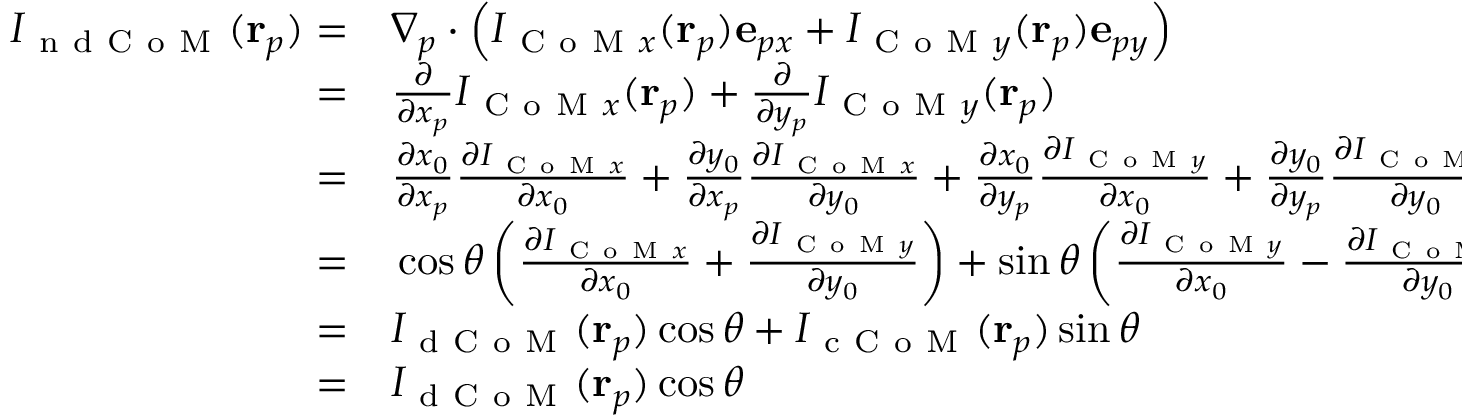
\begin{array} { r l } { I _ { \mathrm { ~ n ~ d ~ C ~ o ~ M ~ } } ( \mathbf { r } _ { p } ) = } & { { } \nabla _ { p } \cdot \left( I _ { \mathrm { ~ C ~ o ~ M ~ } x } ( \mathbf { r } _ { p } ) \mathbf { e } _ { p x } + I _ { \mathrm { ~ C ~ o ~ M ~ } y } ( \mathbf { r } _ { p } ) \mathbf { e } _ { p y } \right) } \\ { = } & { { } \frac { \partial } { \partial x _ { p } } I _ { \mathrm { ~ C ~ o ~ M ~ } x } ( \mathbf { r } _ { p } ) + \frac { \partial } { \partial y _ { p } } I _ { \mathrm { ~ C ~ o ~ M ~ } y } ( \mathbf { r } _ { p } ) } \\ { = } & { { } \frac { \partial x _ { 0 } } { \partial x _ { p } } \frac { \partial I _ { \mathrm { ~ C ~ o ~ M ~ } x } } { \partial x _ { 0 } } + \frac { \partial y _ { 0 } } { \partial x _ { p } } \frac { \partial I _ { \mathrm { ~ C ~ o ~ M ~ } x } } { \partial y _ { 0 } } + \frac { \partial x _ { 0 } } { \partial y _ { p } } \frac { \partial I _ { \mathrm { ~ C ~ o ~ M ~ } y } } { \partial x _ { 0 } } + \frac { \partial y _ { 0 } } { \partial y _ { p } } \frac { \partial I _ { \mathrm { ~ C ~ o ~ M ~ } y } } { \partial y _ { 0 } } } \\ { = } & { { } \cos \theta \left( \frac { \partial I _ { \mathrm { ~ C ~ o ~ M ~ } x } } { \partial x _ { 0 } } + \frac { \partial I _ { \mathrm { ~ C ~ o ~ M ~ } y } } { \partial y _ { 0 } } \right) + \sin \theta \left( \frac { \partial I _ { \mathrm { ~ C ~ o ~ M ~ } y } } { \partial x _ { 0 } } - \frac { \partial I _ { \mathrm { ~ C ~ o ~ M ~ } x } } { \partial y _ { 0 } } \right) } \\ { = } & { { } I _ { \mathrm { ~ d ~ C ~ o ~ M ~ } } ( \mathbf { r } _ { p } ) \cos \theta + I _ { \mathrm { ~ c ~ C ~ o ~ M ~ } } ( \mathbf { r } _ { p } ) \sin \theta } \\ { = } & { { } I _ { \mathrm { ~ d ~ C ~ o ~ M ~ } } ( \mathbf { r } _ { p } ) \cos \theta } \end{array}